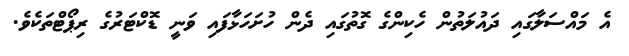
އެ މައްސަލާގައި ދައުލަތުން ހެކިންގެ ގޮތުގައި ދެން ހުށަހަޅާފައި ވަނީ ޑޮކްޓަރުގެ ރިޕޯޓްތަކެވެ.